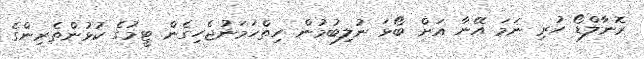
ރޮނާލްޑޯ ހުރި ނަމަ އޭނާ އަށް ބޯޅަ ނުލިބުމުން ހިތްހަމަނުޖެހިގެން ޓީމުގެ ކުޅުންތެރިންގެ